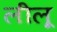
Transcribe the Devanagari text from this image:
लीलू